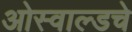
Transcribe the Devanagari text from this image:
ओस्वाल्डचे